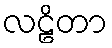
လဠိတာ